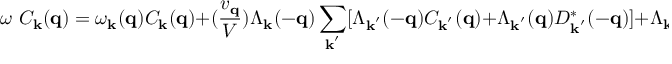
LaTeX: \omega \mathrm { ~ } C _ { { \bf { k } } } ( { \bf { q } } ) = \omega _ { { \bf { k } } } ( { \bf { q } } ) C _ { { \bf { k } } } ( { \bf { q } } ) + ( \frac { v _ { { \bf { q } } } } { V } ) \Lambda _ { { \bf { k } } } ( - { \bf { q } } ) \sum _ { { \bf { k } } ^ { ' } } [ \Lambda _ { { \bf { k } } ^ { ' } } ( - { \bf { q } } ) C _ { { \bf { k } } ^ { ' } } ( { \bf { q } } ) + \Lambda _ { { \bf { k } } ^ { ' } } ( { \bf { q } } ) D _ { { \bf { k } } ^ { ' } } ^ { * } ( - { \bf { q } } ) ] + \Lambda _ { { \bf { k } } } ( - { \bf { q } } )